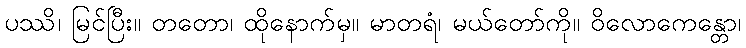
ပဿိ၊ မြင်ပြီး။ တတော၊ ထိုနောက်မှ။ မာတရံ၊ မယ်တော်ကို။ ဝိလောကေန္တော၊